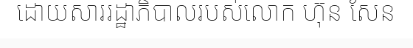
ដោយសាររដ្ឋាភិបាលរបស់លោក ហ៊ុន សែន